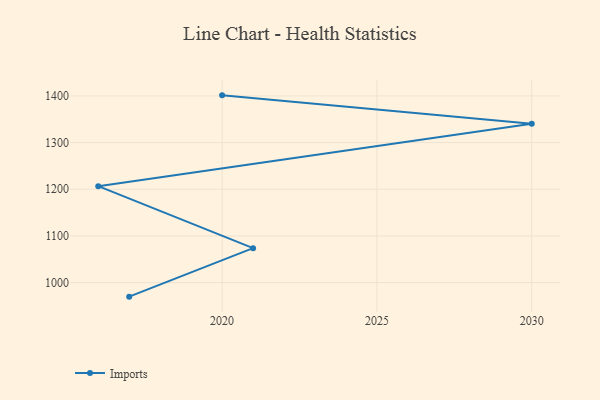
{"axis": {"x": "Year", "y": "Page Views"}, "legend": ["Imports"], "data": [{"x": "2017", "y": 970.0, "type": "Imports"}, {"x": "2021", "y": 1073.8, "type": "Imports"}, {"x": "2016", "y": 1206.7, "type": "Imports"}, {"x": "2030", "y": 1340.3, "type": "Imports"}, {"x": "2020", "y": 1401.2, "type": "Imports"}]}